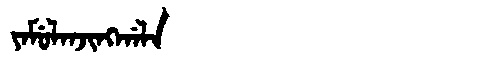
Manchu: ᠶᠠᠮᡠᠯᠠᠨᠵᡳᠩᡤᠠᠯᠠ
Romanization: YAMULANJINGGALA